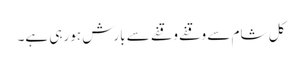
کل شام سے وقفے وقفے سے بارش ہورہی ہے۔